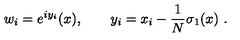
w _ { i } = e ^ { i y _ { i } } ( x ) , \qquad y _ { i } = x _ { i } - \frac 1 N \sigma _ { 1 } ( x ) \ .